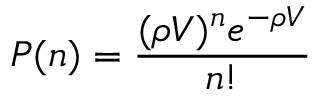
P ( n ) = { \frac { ( \rho V ) ^ { n } e ^ { - \rho V } } { n ! } }